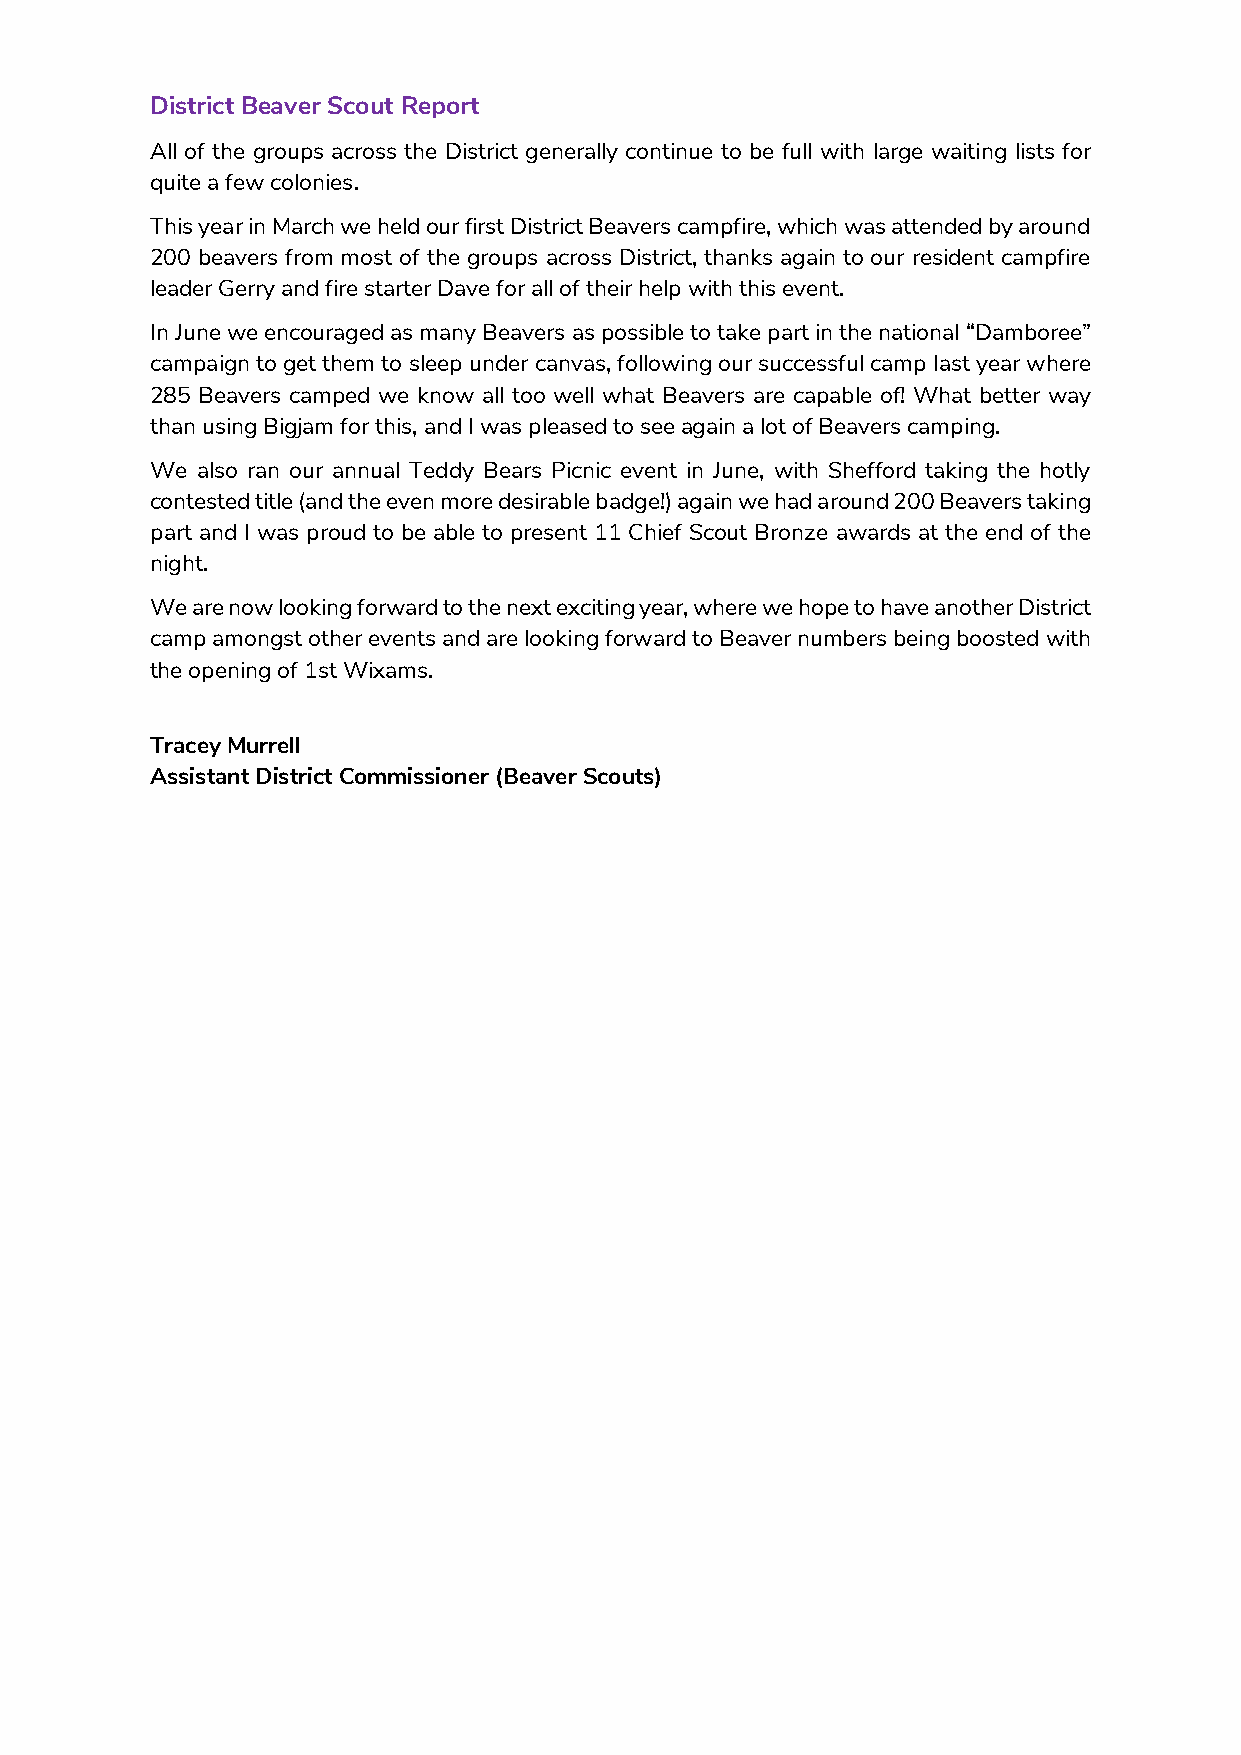
District Beaver Scout Report
 All of the groups across the District generally continue to be full with large waiting lists for
 quite a few colonies.
 This year in March we held our first District Beavers campfire, which was attended by around
 200 beavers from most of the groups across District, thanks again to our resident campfire
 leader Gerry and fire starter Dave for all of their help with this event.
 In June we encouraged as many Beavers as possible to take part in the national “Damboree”
 campaign to get them to sleep under canvas, following our successful camp last year where
 285 Beavers camped we know all too well what Beavers are capable of! What better way
 than using Bigjam for this, and I was pleased to see again a lot of Beavers camping.
 We also ran our annual Teddy Bears Picnic event in June, with Shefford taking the hotly
 contested title (and the even more desirable badge!) again we had around 200 Beavers taking
 part and I was proud to be able to present 11 Chief Scout Bronze awards at the end of the
 night.
 We are now looking forward to the next exciting year, where we hope to have another District
 camp amongst other events and are looking forward to Beaver numbers being boosted with
 the opening of 1st Wixams.
 Tracey Murrell
 Assistant District Commissioner (Beaver Scouts)